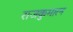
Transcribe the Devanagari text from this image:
राजकुमारन